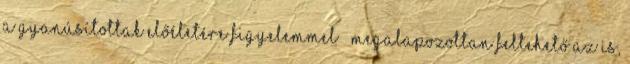
a gyanúsítottak előéletére figyelemmel – megalapozottan feltehető az is,